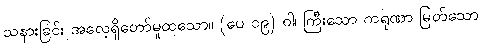
သနားခြင်း အလေ့ရှိတော်မူထသော။ (ပေ ၁၉) ဝါ၊ ကြီးသော ကရုဏာ မြတ်သော